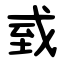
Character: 㦶